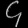
Digit: ၄